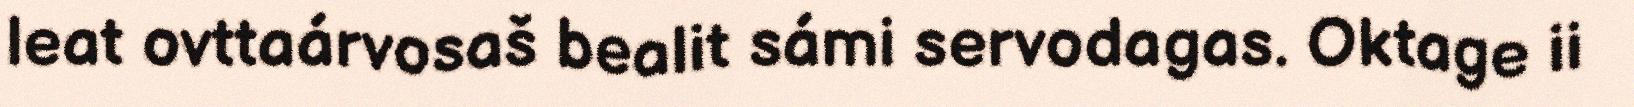
leat ovttaárvosaš bealit sámi servodagas. Oktage ii